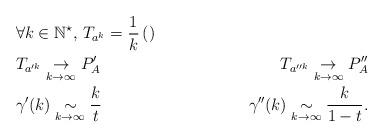
LaTeX: \begin{align*} & \forall k \in \mathbb{N}^\star, \, T_{a^k} = \frac{1}{k}\left( \right) \\ & T_{a'^k} \underset{k \rightarrow \infty}{\rightarrow} P'_{A} & T_{a''^k} \underset{k \rightarrow \infty}{\rightarrow} P''_{A} \\ & \gamma'(k) \underset{k \rightarrow \infty}{\sim} \frac{k}{t} & \gamma''(k) \underset{k \rightarrow \infty}{\sim} \frac{k}{1-t}.\end{align*}